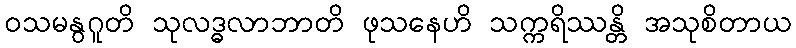
ဝသမနွဂူတိ သုလဒ္ဓလာဘာတိ ဖုသနေဟိ သက္ကရိဿန္တိ အသုစိတာယ